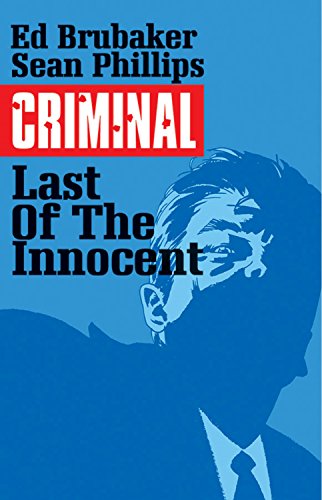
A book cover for Criminal Volume 6: The Last of the Innocent (Criminal Tp (Image)); Ed Brubaker; Comics & Graphic Novels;